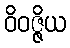
ဝိဝဇ္ဇိယ